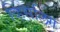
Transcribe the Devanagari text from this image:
व्हिसलिंग